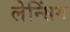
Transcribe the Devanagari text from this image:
लेन्सिंग